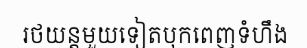
រថយន្តមួយទៀតបុកពេញទំហឹង